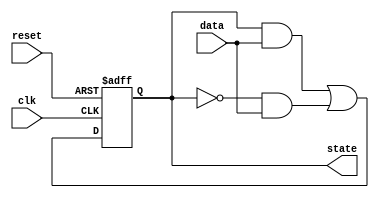
module feedback_register (
    input wire clk,          // Clock signal
    input wire reset,        // Reset signal
    input wire [N-1:0] data, // Data inputs (N bits)
    output reg [N-1:0] state // Current state output (N bits)
);
    parameter N = 4; // Number of bits in the register

    // Internal signal for next state logic
    wire [N-1:0] next_state;

    // Feedback logic: Example logic (can be modified as needed)
    assign next_state = (state & data) | (~state & data); // Example feedback function

    // Sequential logic: Update state on clock edge or reset
    always @(posedge clk or posedge reset) begin
        if (reset) begin
            state <= {N{1'b0}}; // Initialize state to 0
        end else begin
            state <= next_state; // Update state
        end
    end

endmodule